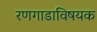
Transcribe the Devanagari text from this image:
रणगाडाविषयक